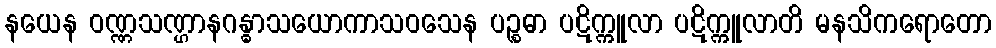
နယေန ဝဏ္ဏသဏ္ဌာနဂန္ဓာသယောကာသဝသေန ပဉ္စဓာ ပဋိက္ကူလာ ပဋိက္ကူလာတိ မနသိကရောတော